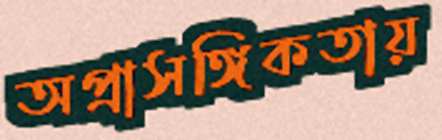
অপ্রাসঙ্গিকতায়